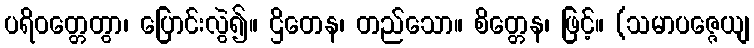
ပရိဝတ္တေတွာ၊ ပြောင်းလွဲ၍။ ဌိတေန၊ တည်သော။ စိတ္တေန၊ ဖြင့်။ (သမာပဇ္ဇေယျ